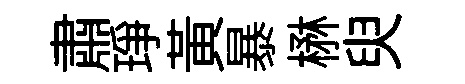
肅琤黃暴楙臾